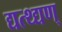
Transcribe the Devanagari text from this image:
द्यत्थ्द्यण्